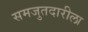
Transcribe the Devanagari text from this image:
समजुतदारीला